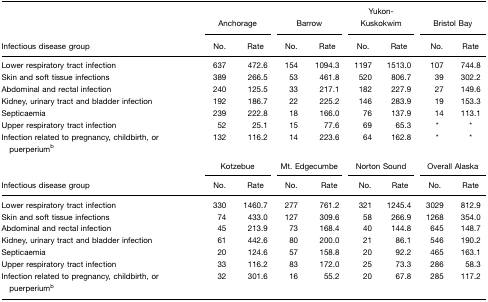
<table><thead><tr><td></td><td colspan="2"><b>Anchorage</b></td><td colspan="2"><b>Barrow</b></td><td colspan="2"><b>Yukon-Kuskokwim</b></td><td colspan="2"><b>Bristol Bay</b></td></tr><tr><td><b>Infectious disease group</b></td><td><b>No.</b></td><td><b>Rate</b></td><td><b>No.</b></td><td><b>Rate</b></td><td><b>No.</b></td><td><b>Rate</b></td><td><b>No.</b></td><td><b>Rate</b></td></tr></thead><tbody><tr><td>Lower respiratory tract infection</td><td>637</td><td>472.6</td><td>154</td><td>1094.3</td><td>1197</td><td>1513.0</td><td>107</td><td>744.8</td></tr><tr><td>Skin and soft tissue infections</td><td>389</td><td>266.5</td><td>53</td><td>461.8</td><td>520</td><td>806.7</td><td>39</td><td>302.2</td></tr><tr><td>Abdominal and rectal infection</td><td>240</td><td>125.5</td><td>33</td><td>217.1</td><td>182</td><td>227.9</td><td>27</td><td>149.6</td></tr><tr><td>Kidney, urinary tract and bladder infection</td><td>192</td><td>186.7</td><td>22</td><td>225.2</td><td>146</td><td>283.9</td><td>19</td><td>153.3</td></tr><tr><td>Septicaemia</td><td>239</td><td>222.8</td><td>18</td><td>166.0</td><td>76</td><td>137.9</td><td>14</td><td>113.1</td></tr><tr><td>Upper respiratory tract infection</td><td>52</td><td>25.1</td><td>15</td><td>77.6</td><td>69</td><td>65.3</td><td>*</td><td>*</td></tr><tr><td>Infection related to pregnancy, childbirth, or puerperiumb</td><td>132</td><td>116.2</td><td>14</td><td>223.6</td><td>64</td><td>162.8</td><td>*</td><td>*</td></tr><tr><td></td><td colspan="2">Kotzebue</td><td colspan="2">Mt. Edgecumbe</td><td colspan="2">Norton Sound</td><td colspan="2">Overall Alaska</td></tr><tr><td>Infectious disease group</td><td>No.</td><td>Rate</td><td>No.</td><td>Rate</td><td>No.</td><td>Rate</td><td>No.</td><td>Rate</td></tr><tr><td>Lower respiratory tract infection</td><td>330</td><td>1460.7</td><td>277</td><td>761.2</td><td>321</td><td>1245.4</td><td>3029</td><td>812.9</td></tr><tr><td>Skin and soft tissue infections</td><td>74</td><td>433.0</td><td>127</td><td>309.6</td><td>58</td><td>266.9</td><td>1268</td><td>354.0</td></tr><tr><td>Abdominal and rectal infection</td><td>45</td><td>213.9</td><td>73</td><td>168.4</td><td>40</td><td>144.8</td><td>645</td><td>148.7</td></tr><tr><td>Kidney, urinary tract and bladder infection</td><td>61</td><td>442.6</td><td>80</td><td>200.0</td><td>21</td><td>86.1</td><td>546</td><td>190.2</td></tr><tr><td>Septicaemia</td><td>20</td><td>124.6</td><td>57</td><td>158.8</td><td>20</td><td>92.2</td><td>465</td><td>163.1</td></tr><tr><td>Upper respiratory tract infection</td><td>33</td><td>116.2</td><td>83</td><td>172.0</td><td>25</td><td>73.3</td><td>286</td><td>58.3</td></tr><tr><td>Infection related to pregnancy, childbirth, or puerperiumb</td><td>32</td><td>301.6</td><td>16</td><td>55.2</td><td>20</td><td>67.8</td><td>285</td><td>117.2</td></tr></tbody></table>